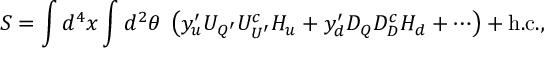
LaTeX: S = \int d ^ { 4 } x \int d ^ { 2 } \theta \; \left( y _ { u } ^ { \prime } { \cal U } _ { Q ^ { \prime } } { \cal U } _ { U ^ { \prime } } ^ { c } H _ { u } + y _ { d } ^ { \prime } { \cal D } _ { Q } { \cal D } _ { D } ^ { c } H _ { d } + \cdots \right) + \mathrm { h . c . } ,